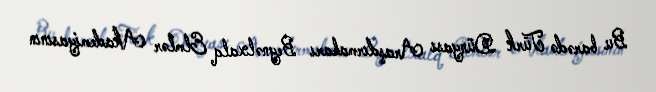
Bu barədə Türk Dünyası Araşdırmaları Beynəlxalq Elmlər Akademiyasının